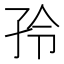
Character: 𰌤